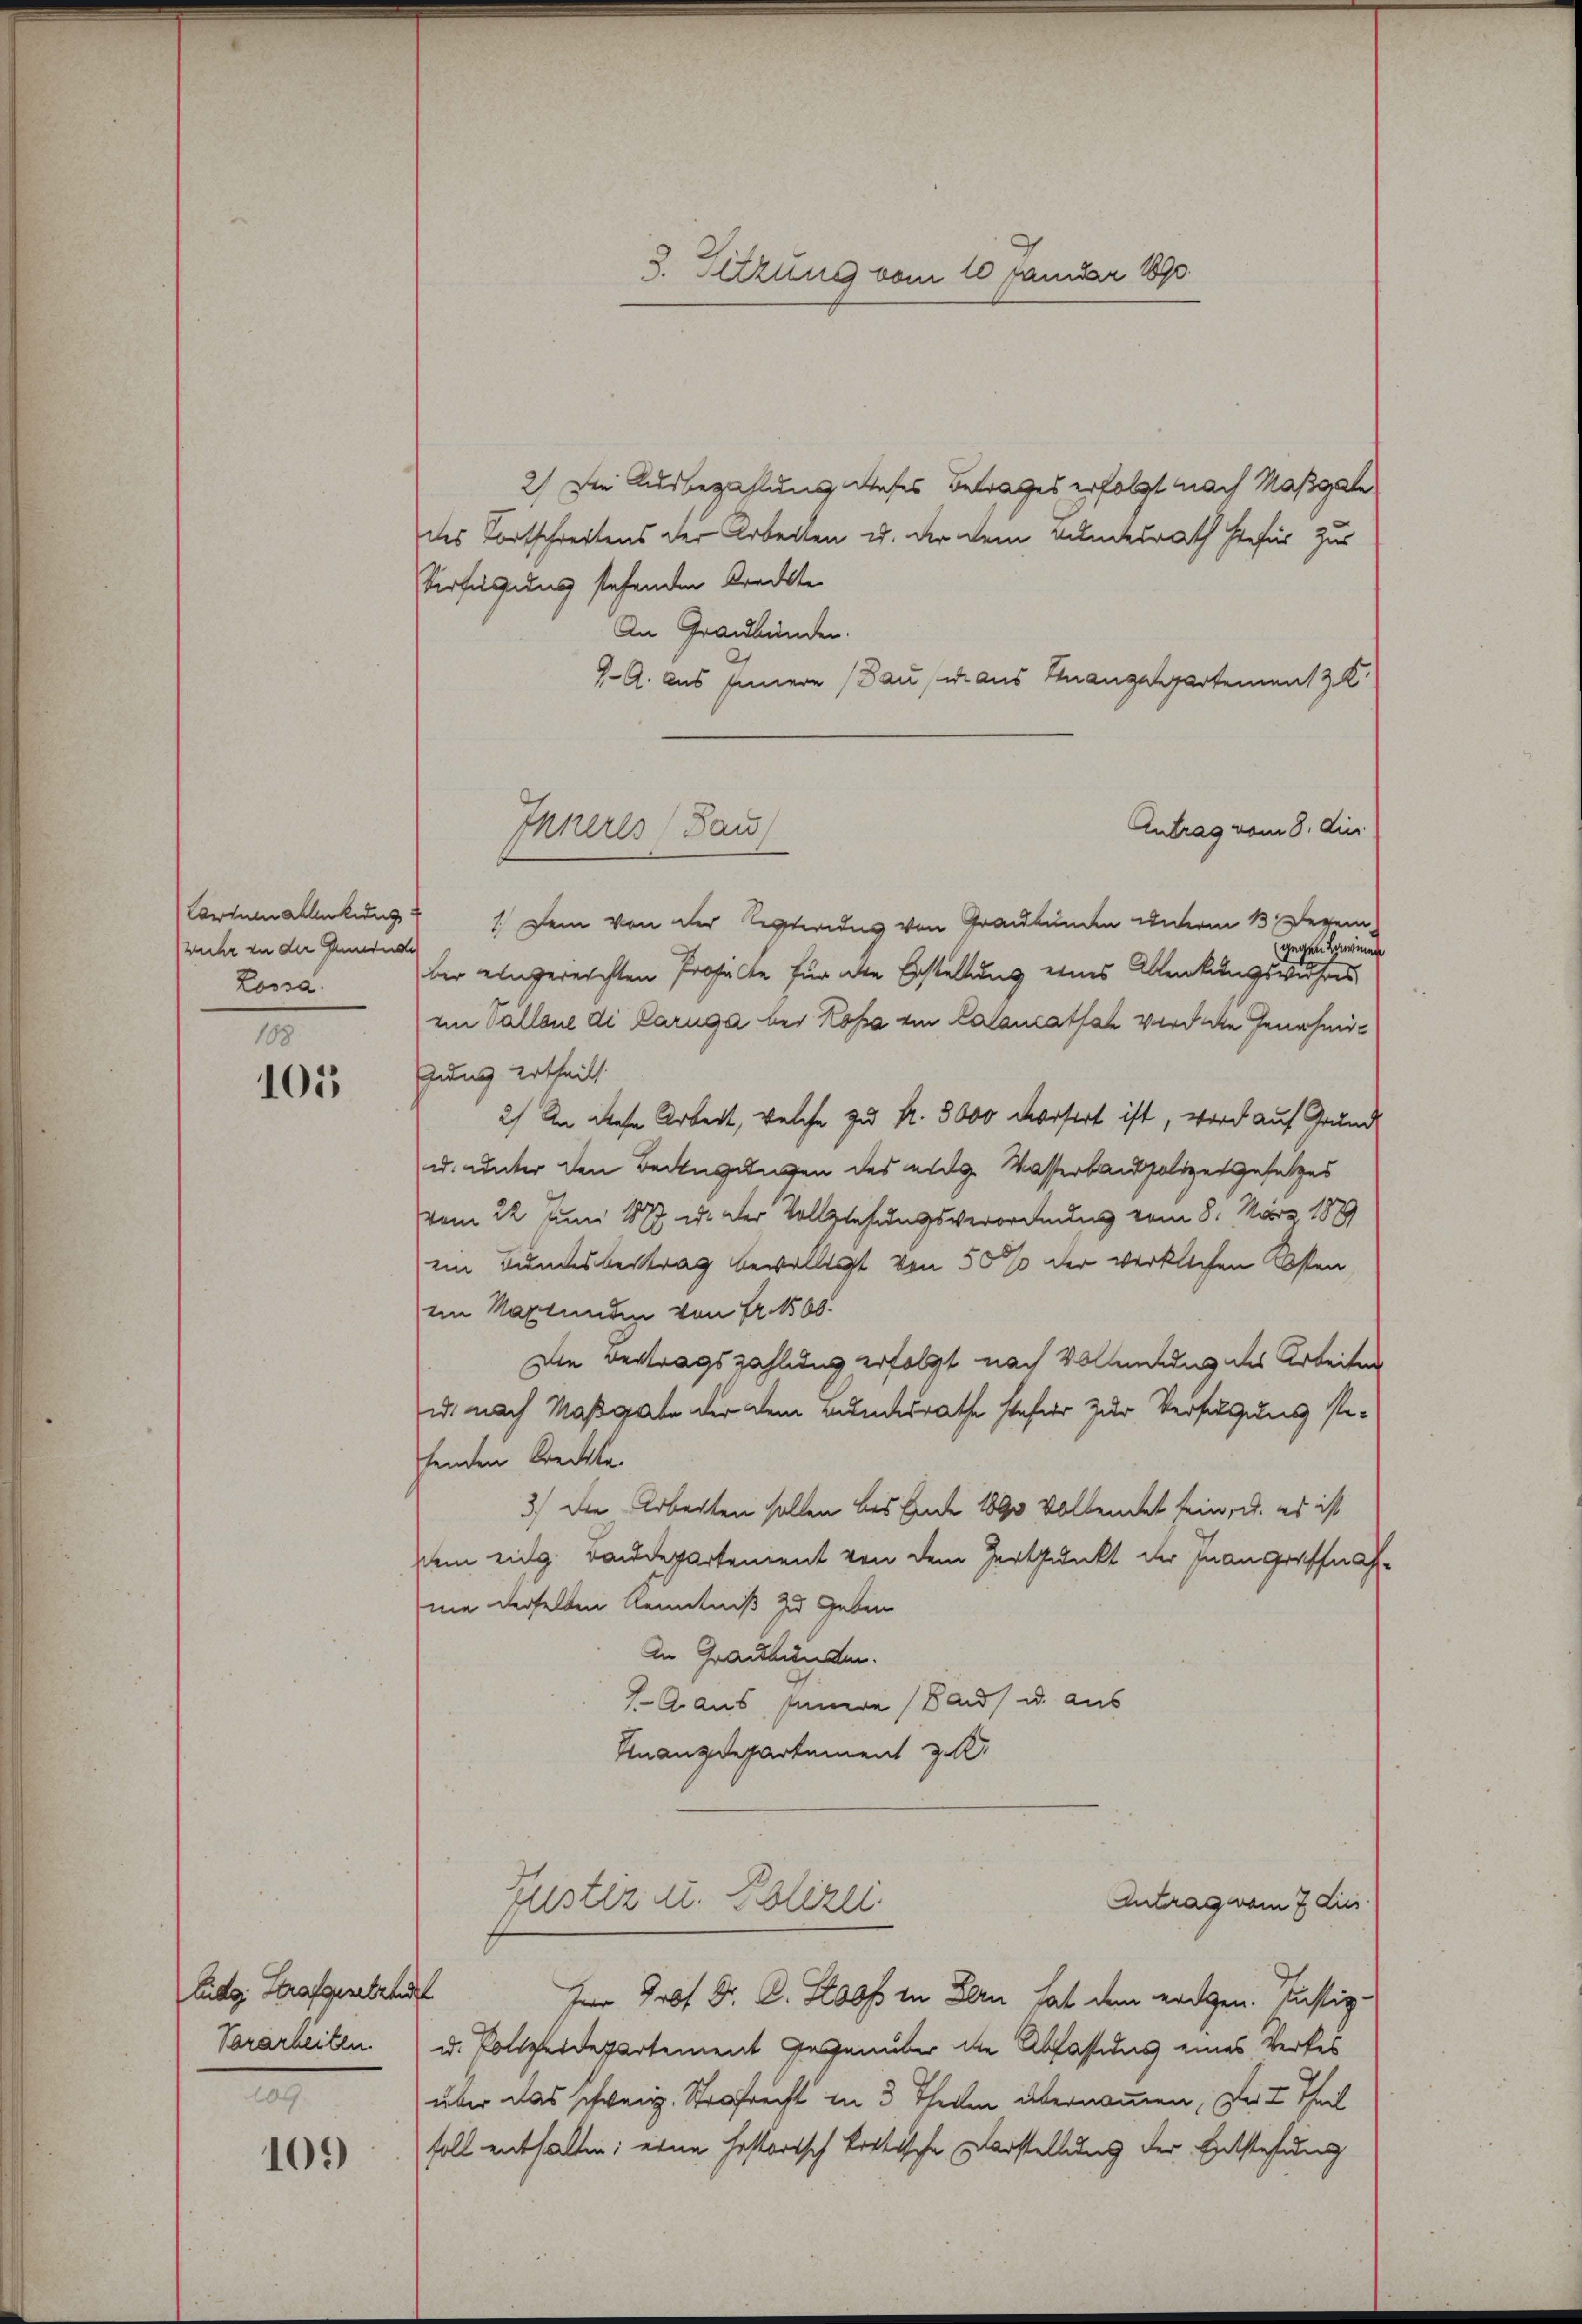
wuhr in der Gemeinde
Lossa.

188
105

Eidg. Strafgesetzen
.

109

Inneres Bau

3. Sitzung vom 10 Januar 1890.

2) Die Ausbezahlung dieses Betrages erfolgt nach Maßgabe
des Fortschreitens der Arbeiten u. der dem Bundesrath hiefür zur
Verfüllung stehenden Krackte
An Graubünden.
4- A. aus Innern (Bau u. aus Gnangespartement z. K.
Antrag vom 8. die
Lantum allenkung 1. Dein von der Sexterius von Graubünden unterm 13. Dezem-
gegen Lawinen
ber eingereichten Profilte für die Erstellung eines Ablenkungswuhres
an Vallone di Caruga bei Kopa ein Calancatfach wird die Genehmigung ertheilt.
2) An diese Arbeit, welche zu k. 8000 vorsort ist, wird auf Grund
u. unter den Bedingungen des ange Wasserbaupolizes gesetzes
vom 22. Juni 1877 u. der Vollziehungsverordnung vom 8. März 1879
ein Bundesbeitrag bewilligt von 5000 der wirklichen Osten
ein Maxtunden von Fr. 100.
Die Vertragszahlung erfolgt nach Vollendung des Arbeiten
id nach Maßgabe der dem Bundesrathe steher zur Verfügung stefenden Kreckte.
3.) Die Arbeiten sollen bis Ende 1890 vollendet sein, u. es ist
dem eidg. Baudepartement von dem Zeitpunkt der Inangriffnah
nie derselben Kenntniß zu geben
An Graubünden.
A. aus Innere Band u. aus
Finanzdepartement z. K.
Antrag vom 7 Lies.
Puster u. Polizei.
Im Prof Dr. C. Stoos in Bern hat dem eidgen. Justiz-
Vorarbeiten u. Polizeidepartement Gegenüber die Abfastens eines Verkes
über das schweiz. Strafrecht in 3 Theilen übernommen, der I Theil
soll enthalten; eine historisch kritische Vorstellung der Entstehung